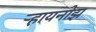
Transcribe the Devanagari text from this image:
र्‍हायनोझ